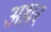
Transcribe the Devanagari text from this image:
अथ़र